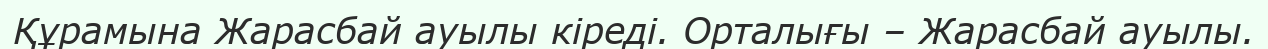
Құрамына Жарасбай ауылы кіреді. Орталығы – Жарасбай ауылы.